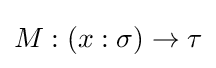
M:(x:\sigma )\to \tau